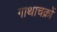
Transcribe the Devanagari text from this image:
गाथाचक्रों